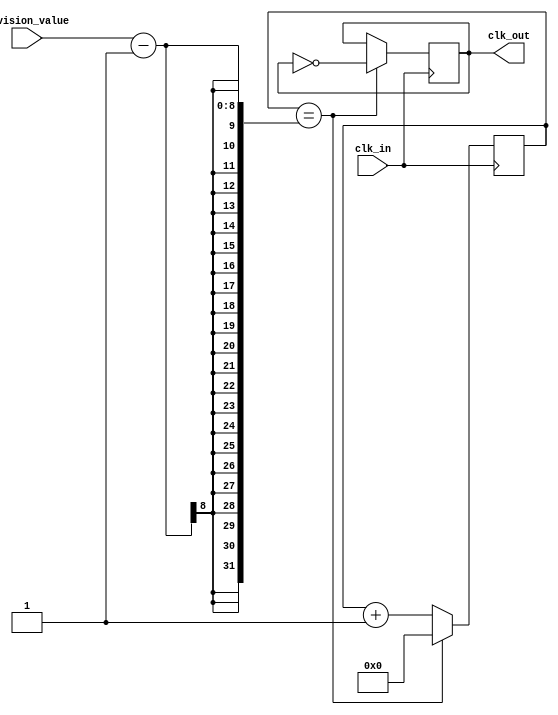
module ClockDivider (
    input wire clk_in,
    input wire [7:0] division_value,
    output reg clk_out
);

reg [7:0] count;

always @(posedge clk_in) begin
    if (count == division_value - 1) begin
        count <= 0;
        clk_out <= ~clk_out;
    end else begin
        count <= count + 1;
    end
end

endmodule